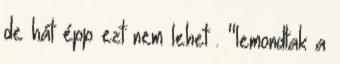
de hát épp ezt nem lehet . "lemondtak a